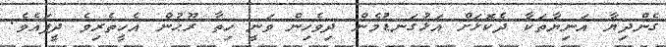
ގެންދިޔާ އަނިޔާތަކާ ދެކޮޅަށް އަޅުގަނޑުމެން ދިވެހިން ވަނީ ހިތާ ރޫޙުން އެހީތެރިވެ ދީފައެވެ.